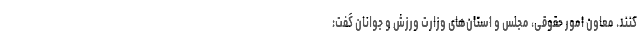
کنند. معاون امور حقوقی، مجلس و استان‌های وزارت ورزش و جوانان گفت: